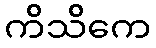
ကိသိကေ